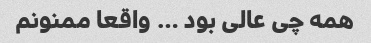
همه چی عالی بود … واقعا ممنونم